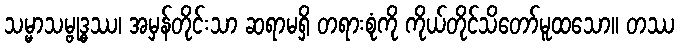
သမ္မာသမ္ဗုဒ္ဓဿ၊ အမှန်တိုင်းသာ ဆရာမရှိ တရားစုံကို ကိုယ်တိုင်သိတော်မူထသော။ တဿ